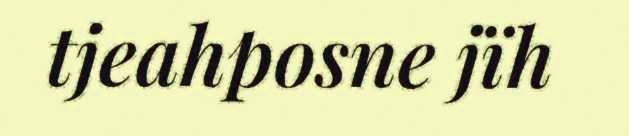
tjeahposne jïh